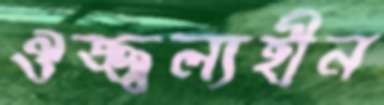
ঔজ্জ্বল্যহীন